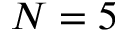
N = 5